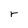
Character: r